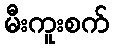
မီးကူးစက်